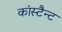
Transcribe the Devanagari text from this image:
कांस्टैन्ट